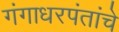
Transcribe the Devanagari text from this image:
गंगाधरपंतांचे